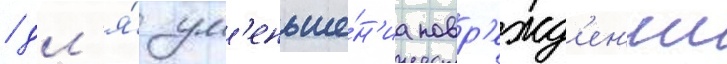
/ дл'я́ ум'еньше́н'иа повр'ежд'ен'ии